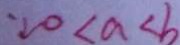
\because 0 < a < b